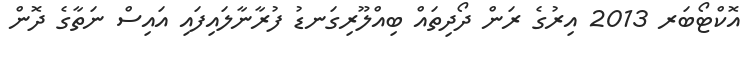
އޮކްޓޯބަރ 2013 އިރުގެ ރަން ދޯދިތައް ބިއްލޫރިގަނޑު ފުރާނާލައިފައި އައިސް ނަތާގެ ދޮން